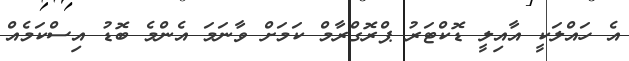
އެ ހައްލަކީ އާއިލީ ޑޮކްޓަރު ޕްރޮގްރާމް ކަމަށް ވާނަމަ އެންމެ ބޮޑު އިސްކަމެއް